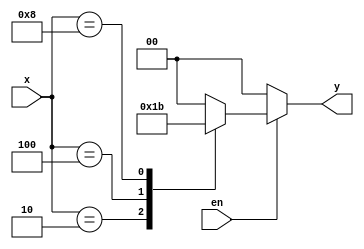
module exp2_2(x,en,y);
	input [3:0] x;
	input en;
	output reg [1:0] y;
	always @ (x or en)
		if(en)
		begin
			case (x)
				4'b0001: y=2'b00;
				4'b0010: y=2'b01;
				4'b0100: y=2'b10;
				4'b1000: y=2'b11;
			default: y=2'b00;
			endcase
		end
		else
			y=2'b00;
		
endmodule